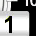
Digit: 1